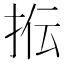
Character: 𰓠